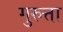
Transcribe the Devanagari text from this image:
गुरुत्ता